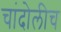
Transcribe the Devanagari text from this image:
चांदोलीच